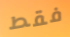
فقط